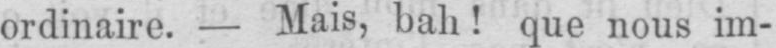
ordinaire. - Mais, bah! que nous im-